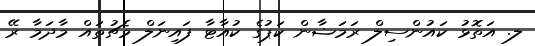
ލ. އަތޮޅު ކައުންސިލް ރަމަޟާން ކަޕުގެ ކުއާޓާ ފައިނަލް މެޗުތައް މާދަމާ ރޭ